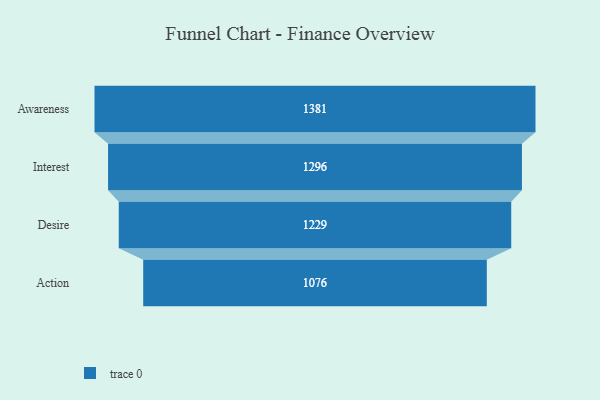
{"axis": {"x": "Stage", "y": "Value"}, "legend": [""], "data": [{"x": "Awareness", "y": 1381.0, "type": ""}, {"x": "Interest", "y": 1296.0, "type": ""}, {"x": "Desire", "y": 1229.0, "type": ""}, {"x": "Action", "y": 1076.0, "type": ""}]}